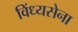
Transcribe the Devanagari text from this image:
विंध्यसेना